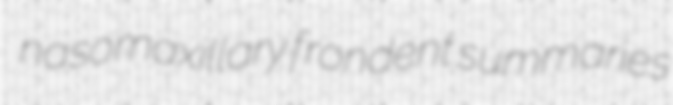
nasomaxillary frondent summaries